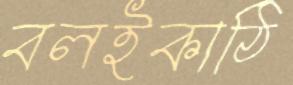
বলইকাঠি